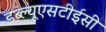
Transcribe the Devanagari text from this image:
डब्ल्यूएसटीईसी